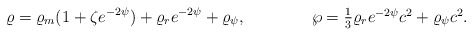
\begin{align*}\varrho=\varrho_m(1+\zeta e^{-2\psi})+\varrho_re^{-2\psi}+\varrho_{\psi},\ \ \ \ \ \ \ \ \ \ \ \ \wp=\textstyle{1\over 3}\varrho_re^{-2\psi}c^2+\varrho_{\psi}c^2.\end{align*}